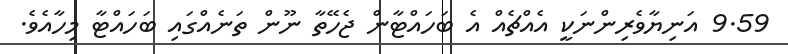
9.59 އަނިޔާވެރިންނަކީ އެއްޗެއް އެ ބަހައްޓާން ޖެހޭތާ ނޫން ތަނެއްގައި ބަހައްޓާ މިހާއެވެ.